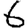
Digit: 6